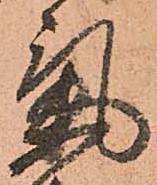
氣